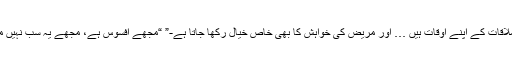
ہمارے ملاقات کے اپنے اوقات ہیں … اور مریض کی خواہش کا بھی خاص خیال رکھا جاتا ہے-” “مجھے افسوس ہے، مجھے یہ سب نہیں معلوم تھا۔